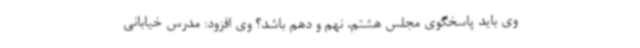
وی باید پاسخگوی مجلس هشتم، نهم و دهم باشد؟ وی افزود: مدرس خیابانی